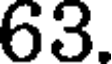
63.